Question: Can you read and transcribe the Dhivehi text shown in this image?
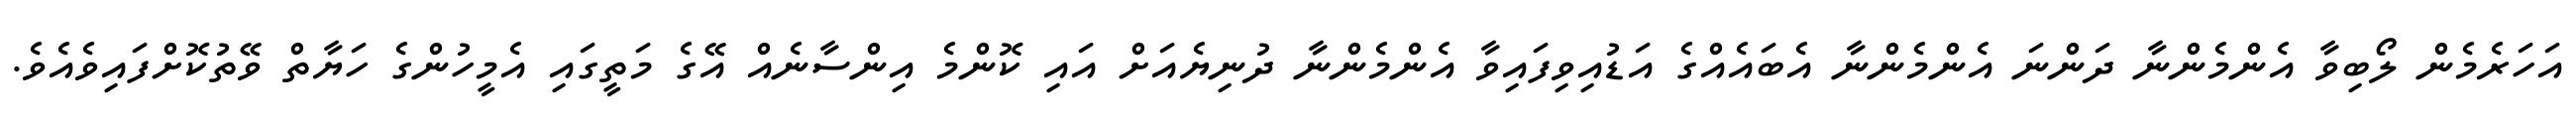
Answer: އަހަރެމެން ލޯބިވާ އެންމެންނާ ދަންނަ އެންމެންނާ އެބައެއްގެ އަޑުއިވިފައިވާ އެންމެންނާ ދުނިޔެއަށް އައި ކޮންމެ އިންސާނެއް އޭގެ މަތީގައި އެމީހުންގެ ހަޔާތް ވޭތުކޮށްފައިވެއެވެ.